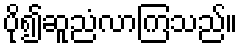
ပို၍ဆူညံလာကြသည်။